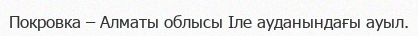
Покровка – Алматы облысы Іле ауданындағы ауыл.